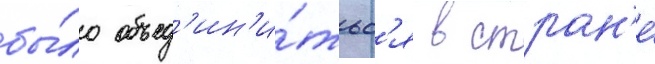
бы́ло объед'ин'и́тьс'я в стран'е́